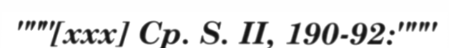
"""[xxx] Cp. S. II, 190-92:"""